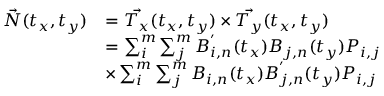
\begin{array} { r l } { \vec { N } ( t _ { x } , t _ { y } ) } & { = \vec { T _ { x } } ( t _ { x } , t _ { y } ) \times \vec { T _ { y } } ( t _ { x } , t _ { y } ) } \\ & { = \sum _ { i } ^ { m } { \sum _ { j } ^ { m } { B _ { i , n } ^ { ' } ( t _ { x } ) B _ { j , n } ( t _ { y } ) P _ { i , j } } } } \\ & { \times \sum _ { i } ^ { m } { \sum _ { j } ^ { m } { B _ { i , n } ( t _ { x } ) B _ { j , n } ^ { ' } ( t _ { y } ) P _ { i , j } } } } \end{array}